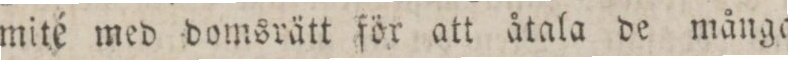
mité med domsrätt för att åtala de många